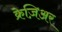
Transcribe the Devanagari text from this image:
क्रेज़िअर